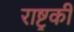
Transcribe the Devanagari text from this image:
राष्ट्रकी